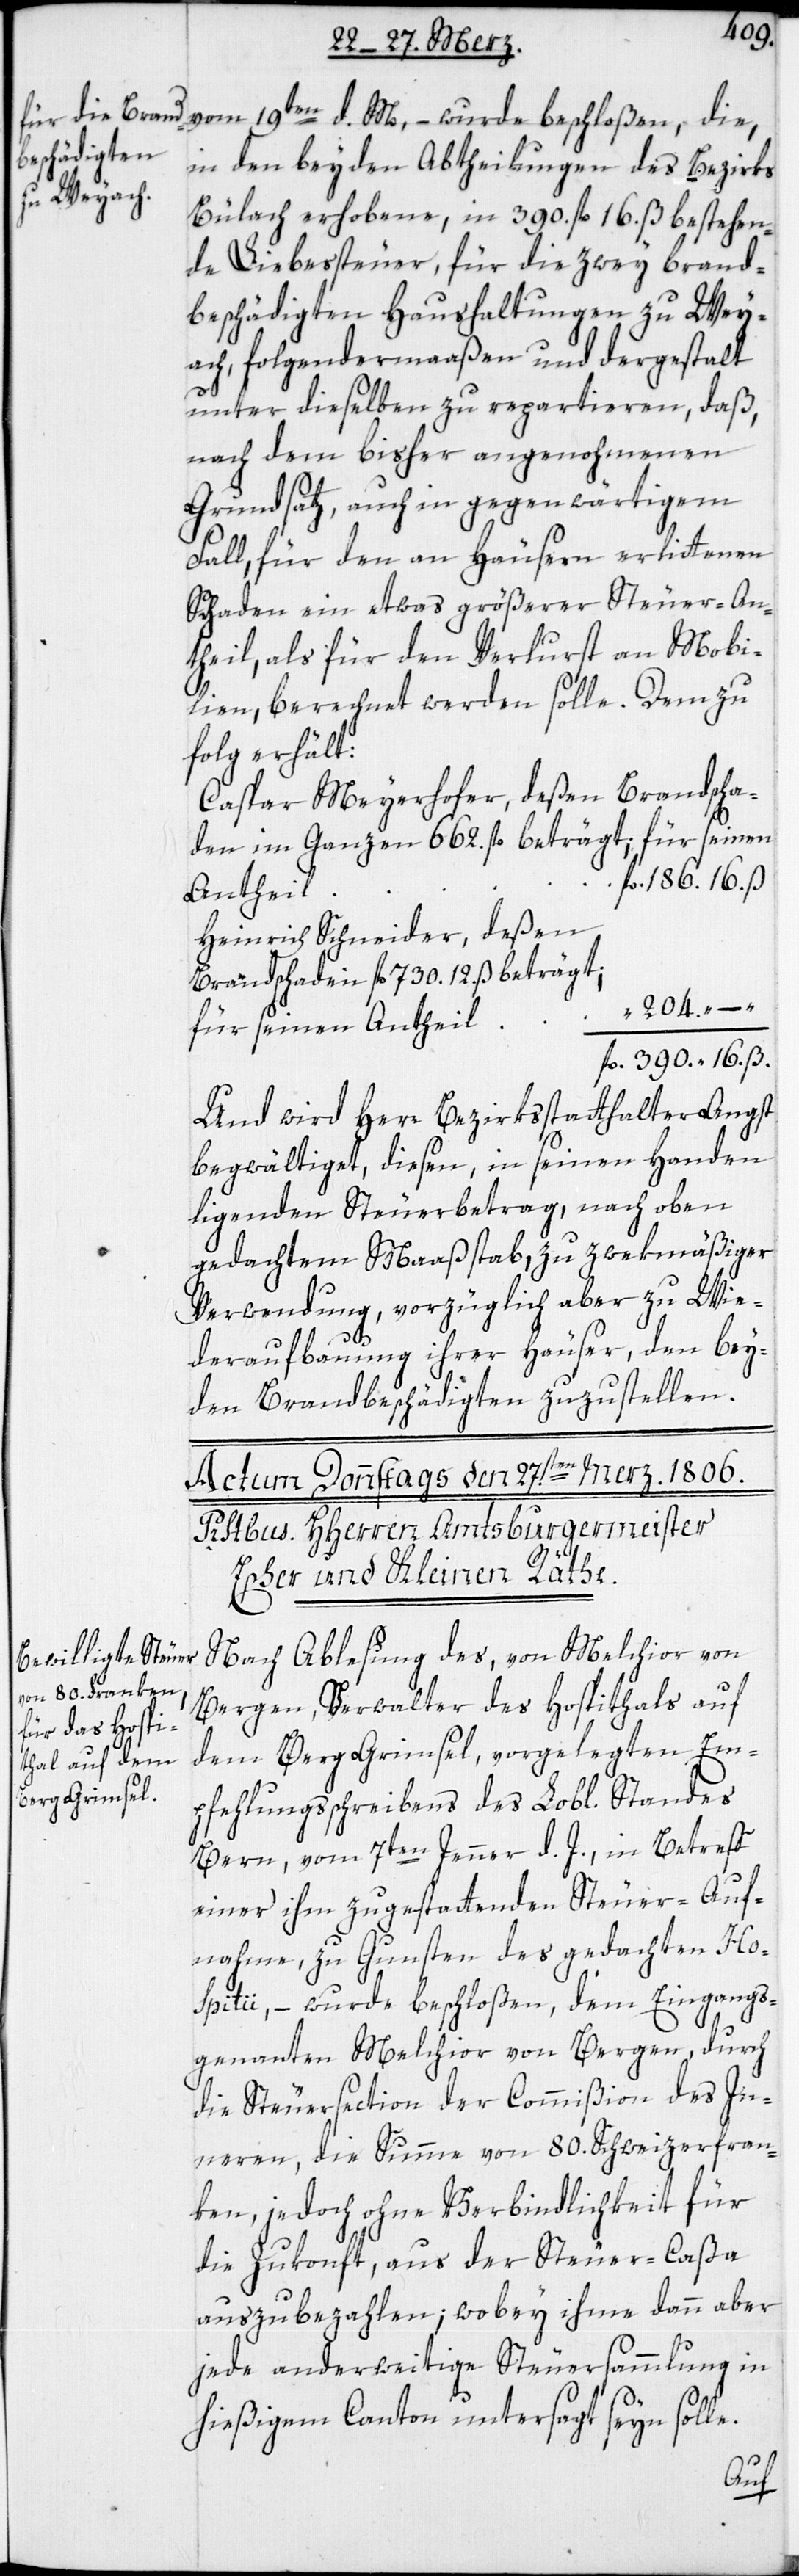
vom 19ten d. M., – wurde beschloßen, die,
in den beyden Abtheilungen des Bezirks
Bülach erhobene, in 390. fl. 16. ß bestehen¬
de Liebessteuer, für die zwey brand¬
beschädigten Haushaltungen zu Wey¬
ach, folgendermaaßen und dergestalt
unter dieselben zu repartieren, daß,
nach dem bisher angenohmenen
Grundsatz, auch in gegenwärtigem
Fall, für den an Häusern erlittenen
Schaden ein etwas größerer Steuer-An¬
theil, als für den Verlurst an Mobi¬
lien, berechnet werden solle. Demzu¬
folg erhält:
Caspar Meyerhofer, deßen Brandscha¬
den im Ganzen 662. fl. beträgt; für seinen
Antheil
Heinrich Schneider, deßen
Brandschaden fl. 730. 12. ß beträgt;
204.
“
für seinen Antheil
Und wird Herr Bezirksstatthalter Angst
begwältiget, diesen, in seinen Handen
ligenden Steuerbetrag, nach oben
gedachtem Maaßstaab, zu zwekmäßiger
Verwendung, vorzüglich aber zu Wie¬
ß.
deraufbauung ihrer Häuser, den bey¬
den Brandbeschädigten zuzustellen.
Nach Ablesung des, von Melchior von
Bergen, Verwalter des Hospithals auf
dem Berg Grimsel, vorgelegten Em¬
pfehlungsschreiben des Lobl. Standes
Bern, vom 7ten Jenner d. J., in Betreff
einer ihm zu gestattenden Steuer-Auf¬
nahme zu Gunsten des gedachten Ho¬
spitii, – wurde beschloßen, dem Eingangs¬
genannten Melchior von Bergen, durch
die Steuersection der Commißion des In¬
neren, die Summe von 80. Schweizerfran¬
ken, jedoch ohne Verbindlichkeit für
die Zukonft, aus der Steuer-Caßa
auszubezahlen; wobey ihme dann aber
jede anderweitige Steuersammlung in
hießigem Canton untersagt seyn solle.